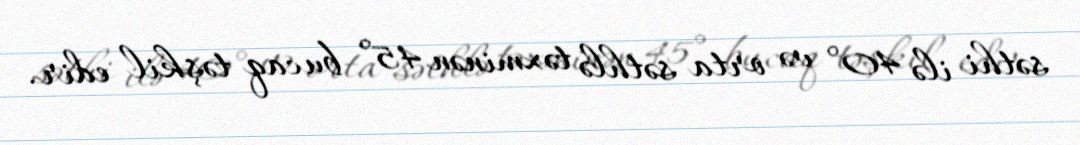
səthi ilə 40° və orta səthlə təxminən 45° bucaq təşkil edir.